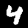
Label: 4